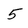
Character: 5